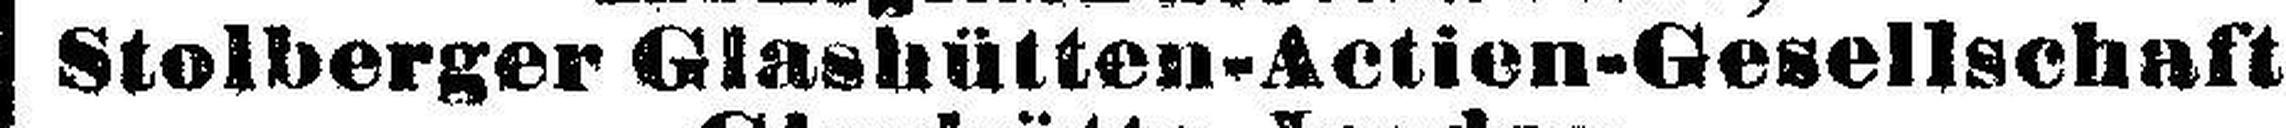
Stolberger Glashütten-Actien-Gesellschaft